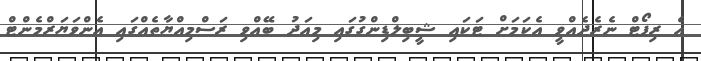
އެ ރިޕޯޓް ނެރެދެއްވީ އެކަމަށް ޓަކައި ޝީބިލްޑިންގުގައި މިއަދު ބޭއްވި ރަސްމިއްޔާތެއްގައި އެންވަޔަރްމެންޓް